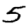
Digit: 5